Civil Veterinary Department. Central Provinces & Berar 1925-31 - 1925-1931
Year: 1925
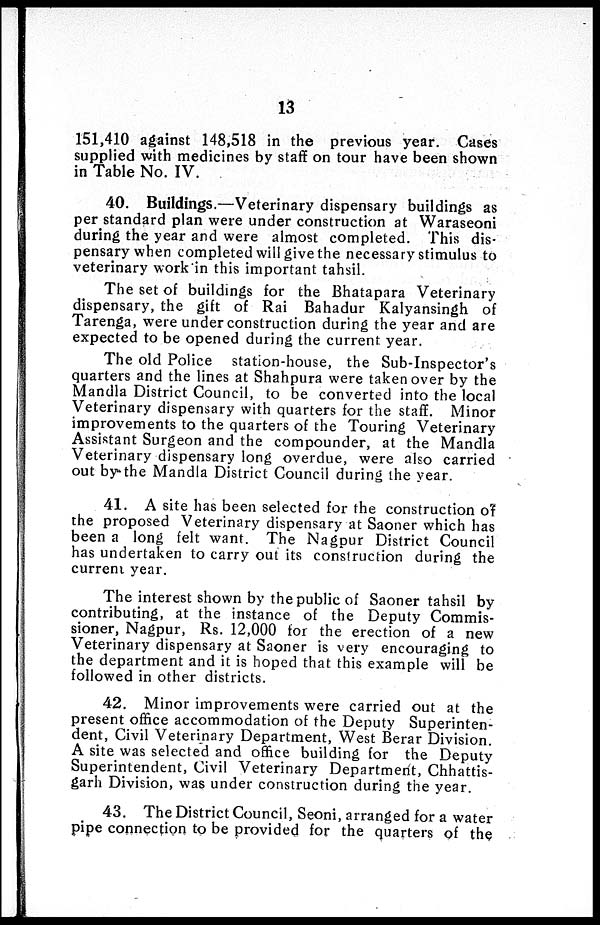
13
151,410 against 148,518 in the previous year. Cases
supplied with medicines by staff on tour have been shown
in Table No. IV.
40. Buildings.—Veterinary dispensary buildings as
per standard plan were under construction at Waraseoni
during the year and were almost completed. This dis-
pensary when completed will give the necessary stimulus to
veterinary work in this important tahsil.
The set of buildings for the Bhatapara Veterinary
dispensary, the gift of Rai Bahadur Kalyansingh of
Tarenga, were under construction during the year and are
expected to be opened during the current year.
The old Police station-house, the Sub-Inspector's
quarters and the lines at Shahpura were taken over by the
Mandla District Council, to be converted into the local
Veterinary dispensary with quarters for the staff. Minor
improvements to the quarters of the Touring Veterinary
Assistant Surgeon and the compounder, at the Mandla
Veterinary dispensary long overdue, were also carried
out by the Mandla District Council during the year.
41. A site has been selected for the construction of
the proposed Veterinary dispensary at Saoner which has
been a long felt want. The Nagpur District Council
has undertaken to carry out its construction during the
current year.
The interest shown by the public of Saoner tahsil by
contributing, at the instance of the Deputy Commis-
sioner, Nagpur, Rs. 12,000 for the erection of a new
Veterinary dispensary at Saoner is very encouraging to
the department and it is hoped that this example will be
followed in other districts.
42. Minor improvements were carried out at the
present office accommodation of the Deputy Superinten-
dent, Civil Veterinary Department, West Berar Division.
A site was selected and office building for the Deputy
Superintendent, Civil Veterinary Department, Chhattis-
garh Division, was under construction during the year.
43. The District Council, Seoni, arranged for a water
pipe connection to be provided for the quarters of the